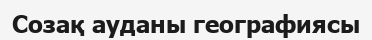
Созақ ауданы географиясы